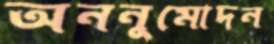
অননুমোদন